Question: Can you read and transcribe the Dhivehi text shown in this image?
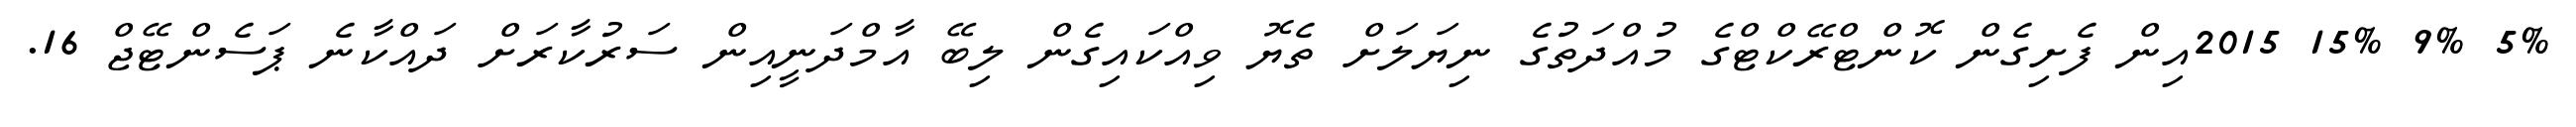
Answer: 5% 9% 15% 2015އިން ފެށިގެން ކޮންޓްރޭކްޓްގެ މުއްދަތުގެ ނިޔަލަށް ތެޔޮ ވިއްކައިގެން ލިބޭ އާމްދަނީއިން ސަރުކާރަށް ދައްކާނެ ޕަސެންޓޭޖް 16.